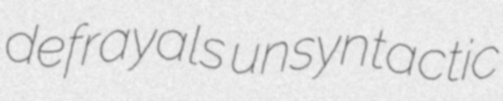
defrayals unsyntactic